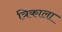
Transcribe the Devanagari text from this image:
त्रिकाला